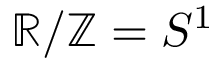
\mathbb { R } / \mathbb { Z } = S ^ { 1 }